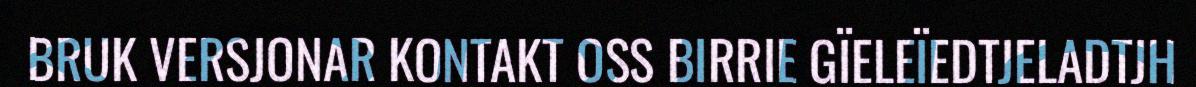
BRUK VERSJONAR KONTAKT OSS BIRRIE GÏELEÏEDTJELADTJH